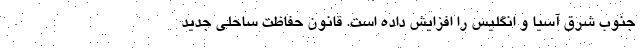
جنوب شرق آسیا و انگلیس را افزایش داده است. قانون حفاظت ساحلی جدید